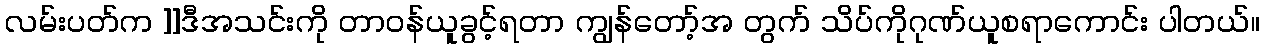
လမ်းပတ်က ]]ဒီအသင်းကို တာဝန်ယူခွင့်ရတာ ကျွန်တော့်အ တွက် သိပ်ကိုဂုဏ်ယူစရာကောင်း ပါတယ်။